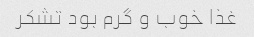
غذا خوب و گرم بود تشکر